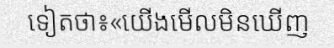
ទៀតថា៖«យើងមើលមិនឃើញ